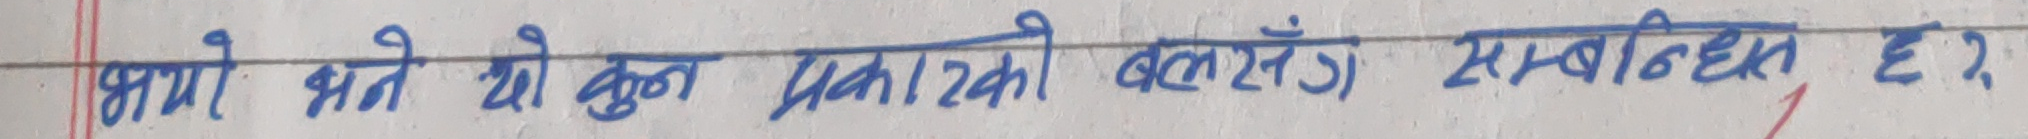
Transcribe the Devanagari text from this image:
आमा यसो भन्यो कि कुन प्रकारको बाल सँग सम्बन्धित छ?